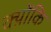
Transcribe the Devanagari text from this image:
क्य़ोंकि